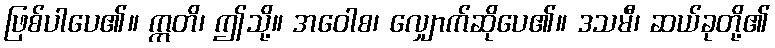
ဖြစ်ပါပေ၏။ ဣတိ၊ ဤသို့။ အဝေါစ၊ လျှောက်ဆိုပေ၏။ ဒသမီ၊ ဆယ်ခုတို့၏